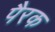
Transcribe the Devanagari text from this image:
पैरक